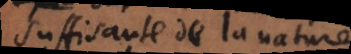
suffisante de la nature